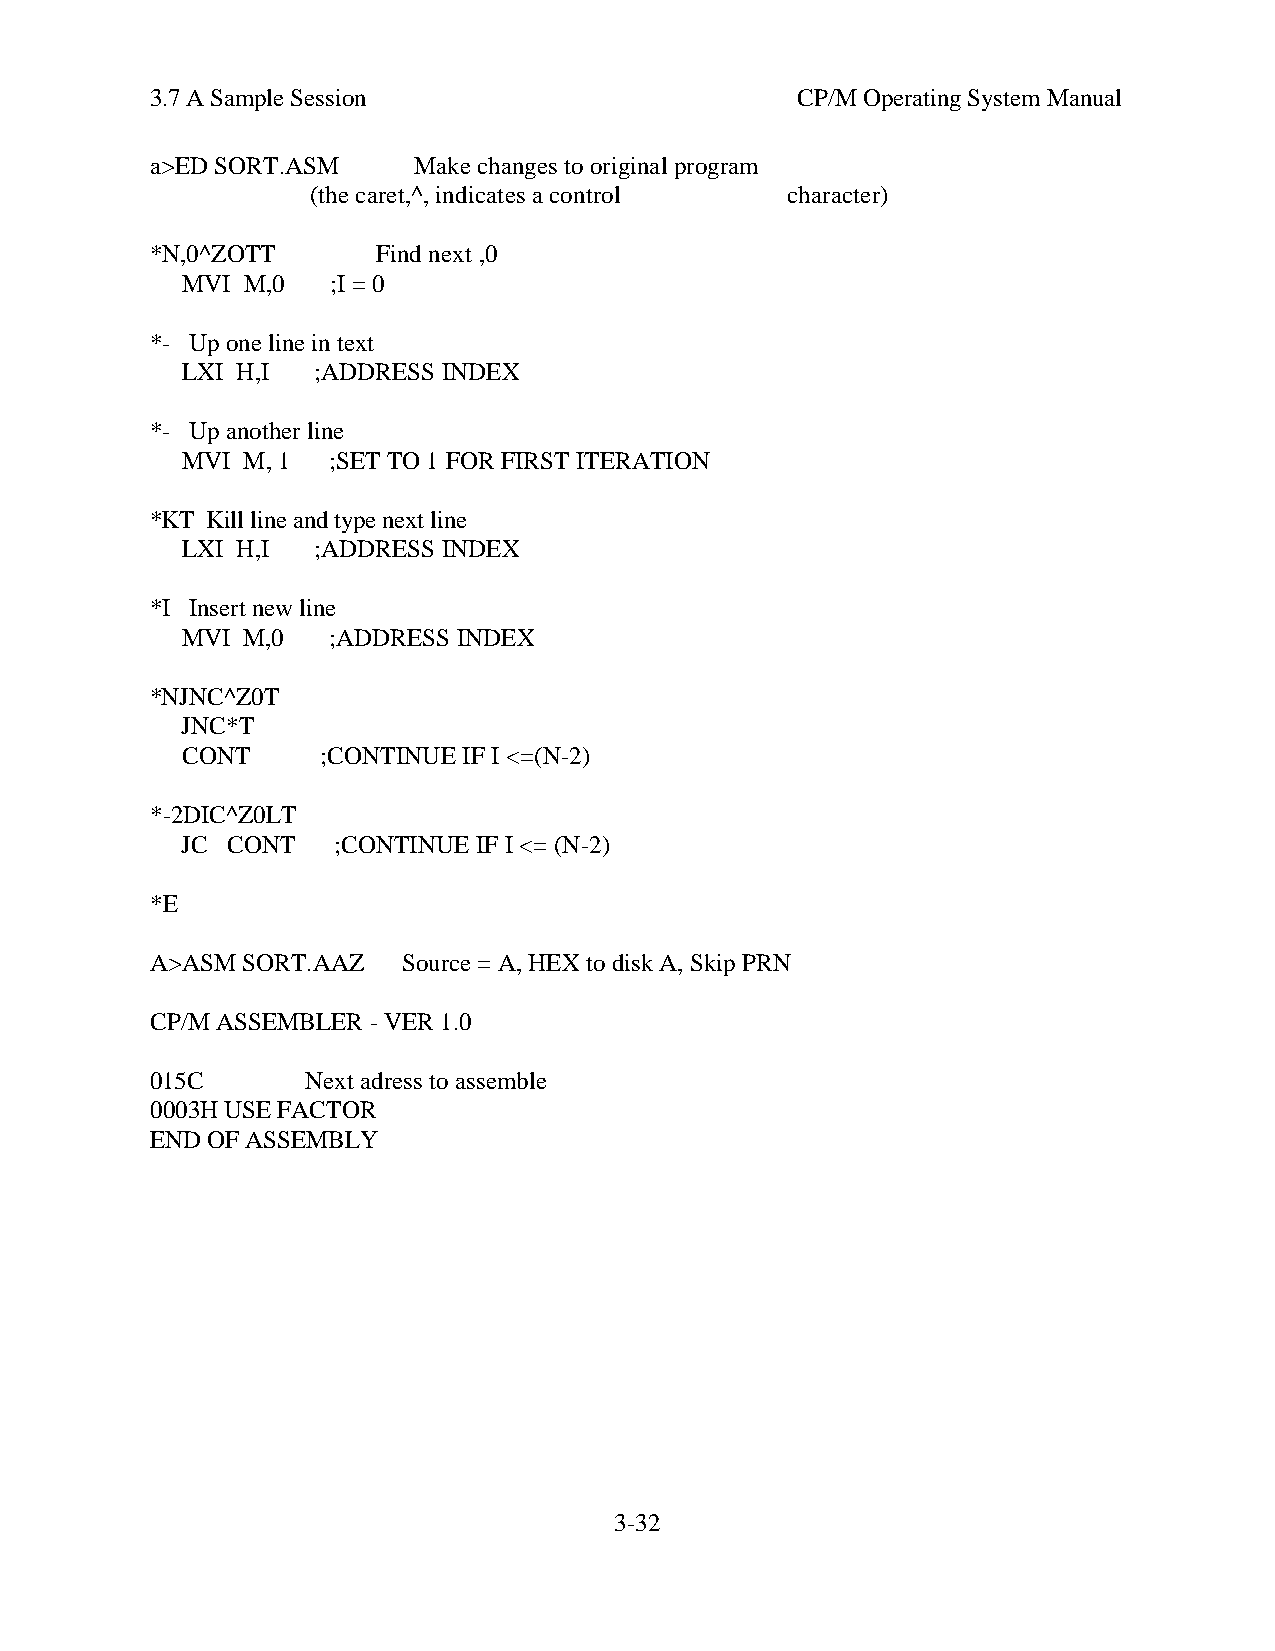
3.7 A Sample Session                       CP/M Operating System Manual
 a>ED SORT.ASM    Make changes to original program
 (the caret,^, indicates a control character)
 *N,0^ZOTT      Find next ,0
 MVI M,0   ;I = 0
 *- Up one line in text
 LXI H,I  ;ADDRESS INDEX
 *- Up another line
 MVI M, 1  ;SET TO 1 FOR FIRST ITERATION
 *KT Kill line and type next line
 LXI H,I  ;ADDRESS INDEX
 *I Insert new line
 MVI M,0   ;ADDRESS INDEX
 *NJNC^Z0T
 JNC*T
 CONT     ;CONTINUE IF I <=(N-2)
 *-2DIC^Z0LT
 JC CONT   ;CONTINUE IF I <= (N-2)
 *E
 A>ASM SORT.AAZ   Source = A, HEX to disk A, Skip PRN
 CP/M ASSEMBLER - VER 1.0
 015C      Next adress to assemble
 0003H USE FACTOR
 END OF ASSEMBLY
 3-32